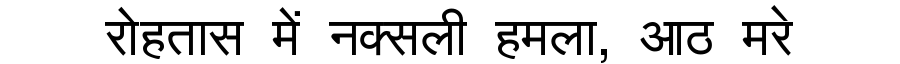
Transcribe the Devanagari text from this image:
रोहतास में नक्सली हमला, आठ मरे